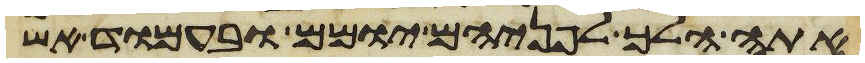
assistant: אתה הלך לפניהם יומם ובעמוד אש